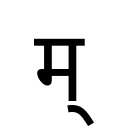
OCR:
म्